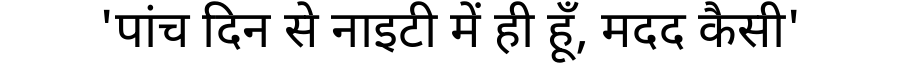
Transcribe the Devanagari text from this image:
'पांच दिन से नाइटी में ही हूँ, मदद कैसी'